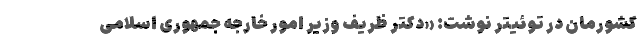
کشورمان در توئیتر نوشت: «دکتر ظریف وزیر امور خارجه جمهوری اسلامی